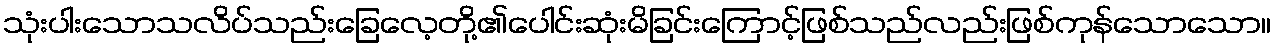
သုံးပါးသောသလိပ်သည်းခြေလေ့တို့၏ပေါင်းဆုံးမိခြင်းကြောင့်ဖြစ်သည်လည်းဖြစ်ကုန်သောသော။